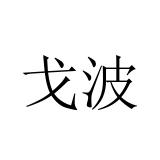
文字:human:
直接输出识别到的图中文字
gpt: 戈波